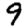
Digit: 9